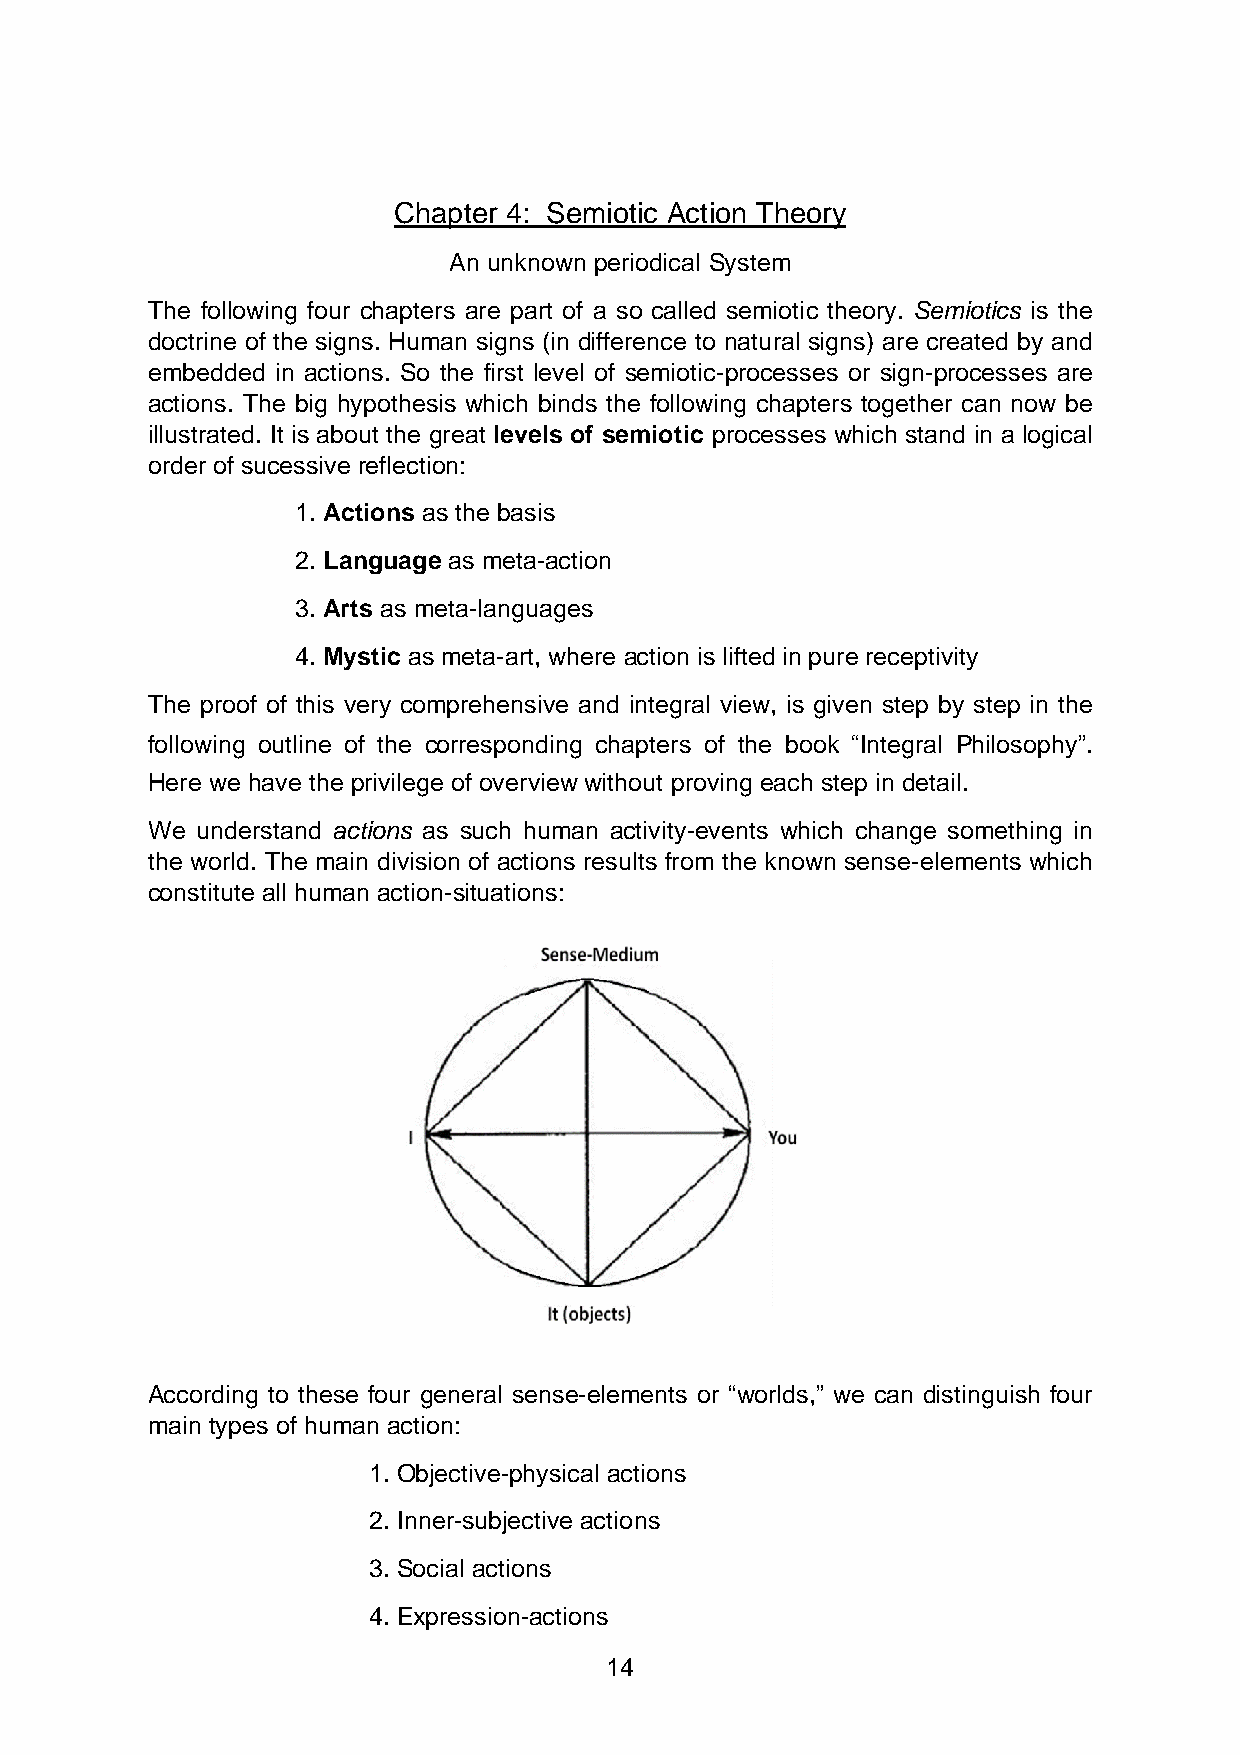
Chapter 4: Semiotic Action Theory
 An unknown periodical System
 The following four chapters are part of a so called semiotic theory. Semiotics is the
 doctrine of the signs. Human signs (in difference to natural signs) are created by and
 embedded in actions. So the first level of semiotic-processes or sign-processes are
 actions. The big hypothesis which binds the following chapters together can now be
 illustrated. It is about the great levels of semiotic processes which stand in a logical
 order of sucessive reflection:
 1. Actions as the basis
 2. Language as meta-action
 3. Arts as meta-languages
 4. Mystic as meta-art, where action is lifted in pure receptivity
 The proof of this very comprehensive and integral view, is given step by step in the
 following outline of the corresponding chapters of the book “Integral Philosophy”.
 Here we have the privilege of overview without proving each step in detail.
 We understand actions as such human activity-events which change something in
 the world. The main division of actions results from the known sense-elements which
 constitute all human action-situations:
 According to these four general sense-elements or “worlds,” we can distinguish four
 main types of human action:
 1. Objective-physical actions
 2. Inner-subjective actions
 3. Social actions
 4. Expression-actions
 14